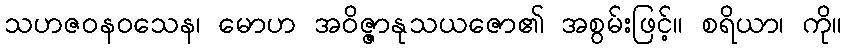
သဟဇဝနဝသေန၊ မောဟ အဝိဇ္ဇာနုသယဇော၏ အစွမ်းဖြင့်။ စရိယာ၊ ကို။